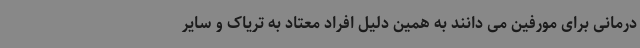
درمانی برای مورفین می دانند به همین دلیل افراد معتاد به تریاک و سایر